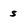
Character: s